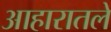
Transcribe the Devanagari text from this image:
आहारातले